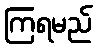
ကြရမည်